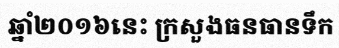
ឆ្នាំ២០១៦នេះ ក្រសួងធនធានទឹក